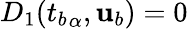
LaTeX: D_{1}({t_{b}}_{\alpha},{\mathbf{u}}_{b})=0